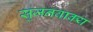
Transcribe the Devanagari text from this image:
सुजनवाक्य